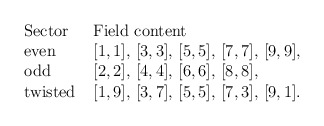
\begin{align*}\begin{array}{ll}\hbox{Sector}\ \ &\hbox{Field content} \\\hbox{even} & [1,1],\, [3,3],\, [5,5],\, [7,7],\, [9,9],\, \\\hbox{odd} & [2,2],\, [4,4],\, [6,6],\, [8,8],\, \\\hbox{twisted} & [1,9],\, [3,7],\, [5,5],\, [7,3],\, [9,1].\end{array}\end{align*}